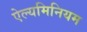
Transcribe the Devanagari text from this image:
ऐल्यमिनियम